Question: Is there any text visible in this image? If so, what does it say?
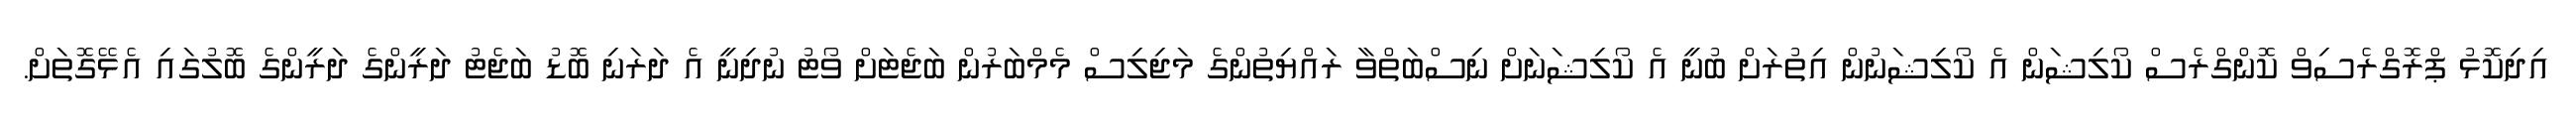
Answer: އިދިކޮޅު ޕްރޮގްރެސިވް ކޮންގްރެސް ކޯލިޝަން އެ ކޯލިޝަނުން އިތުރަށް ބުނީ އެ ކޯލިޝަނަށް ނިސްބަތްވާ ރައްޔިތުންގެ މަޖިލިސް މެމްބަރުން ބަޖެޓަށް ވޯޓު ނުދިނީ އެ ދަރަނި ބޮޑު ބަޖެޓު ދަރީންގެ ދަރީންގެ ބޮލުގައި އެޅޭގޮތަށް.